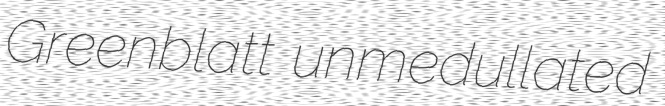
Greenblatt unmedullated